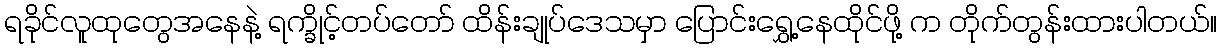
ရခိုင်လူထုတွေအနေနဲ့ ရက္ခိုင့်တပ်တော် ထိန်းချုပ်ဒေသမှာ ပြောင်းရွှေ့နေထိုင်ဖို့ က တိုက်တွန်းထားပါတယ်။